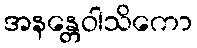
အနန္တေဝါသိကော